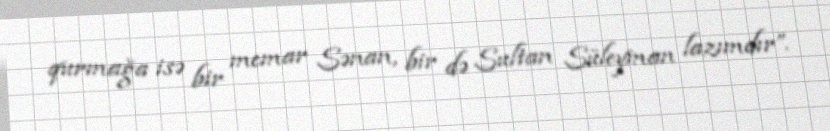
qurmağa isə bir memar Sənan, bir də Sultan Süleyman lazımdır”.